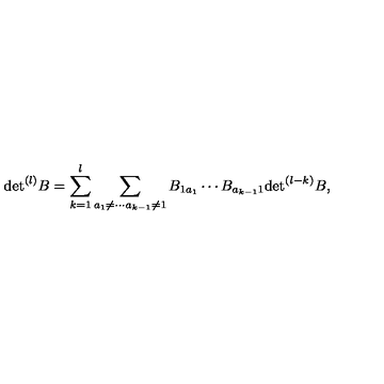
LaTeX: \mathrm { d e t } ^ { ( l ) } B = \sum _ { k = 1 } ^ { l } \sum _ { a _ { 1 } \neq \cdots a _ { k - 1 } \neq 1 } B _ { 1 a _ { 1 } } \cdots B _ { a _ { k - 1 } 1 } \mathrm { d e t } ^ { ( l - k ) } B ,